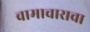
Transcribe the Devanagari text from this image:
वामाचाराचा